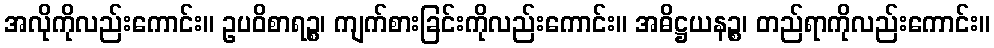
အလိုကိုလည်းကောင်း။ ဥပဝိစာရဉ္စ၊ ကျက်စားခြင်းကိုလည်းကောင်း။ အဓိဋ္ဌယနဉ္စ၊ တည်ရာကိုလည်းကောင်း။